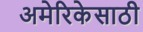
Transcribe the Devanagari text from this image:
अमेरिकेसाठी